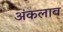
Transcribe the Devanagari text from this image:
अंकलाव